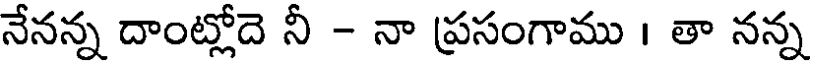
నేనన్న దాంట్లోదె నీ - నా ప్రసంగాము । తా నన్న